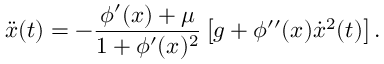
\ddot { x } ( t ) = - \frac { \phi ^ { \prime } ( x ) + \mu } { 1 + \phi ^ { \prime } ( x ) ^ { 2 } } \left[ { g + \phi ^ { \prime \prime } ( x ) \dot { x } ^ { 2 } ( t ) } \right] .